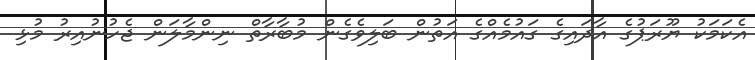
އެކަމަކު ޔޫރަޕުގެ އާދައިގެ ގައުމެއްގެ އަތުން ބަލިވެގެން މުބާރާތް ނިންމާލަން ޖެހުނުއިރު މުޅި